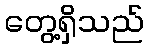
တွေ့ရှိသည်